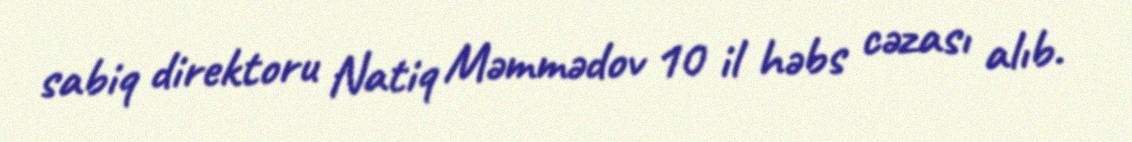
sabiq direktoru Natiq Məmmədov 10 il həbs cəzası alıb.